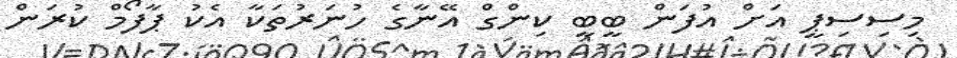
މިސިސިޕީ އަށް އުފަން ބީބީ ކިންގް އޭނާގެ ހުނަރުތަކާ އެކު ޕާފޯމް ކުރަން